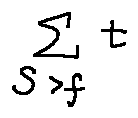
\sum \limits _ { S > f } t